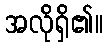
အလိုရှိ၏။